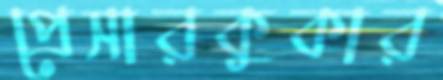
প্রেসারকুকার